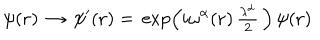
{ \psi } ( { \bf { r } } ) \, \rightarrow \, \psi ^ { \prime } ( { \bf { r } } ) = \, \exp \left( i \omega ^ { \alpha } ( { \bf { r } } ) \, { \textstyle \frac { \lambda ^ { \alpha } } { 2 } } \, \right) \, \psi ( { \bf { r } } ) \;